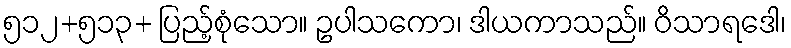
၅၁၂+၅၁၃+ ပြည့်စုံသော။ ဥပါသကော၊ ဒါယကာသည်။ ဝိသာရဒေါ၊